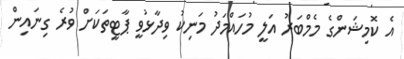
އެ ކޮމިޝަންގެ މެމްބަރު އަލީ މުހައްމަދު މަނިކު ވިދާޅުވީ ޕާޓީތަކަށް ވުރެ ގިނައިން